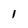
Character: 1